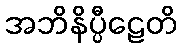
အဘိနိပ္ပီဠေတိ